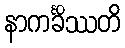
နာကင်္ခိဿတိ